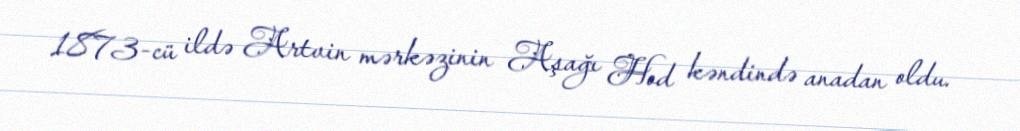
1873-cü ildə Artvin mərkəzinin Aşağı Hod kəndində anadan oldu.